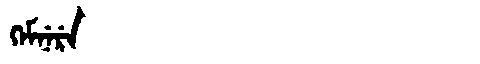
Manchu: ᡴᡝᠮᠨᡝᡵᡝ
Romanization: KEMNERE